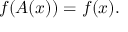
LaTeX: f ( A ( x ) ) = f ( x ) .